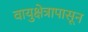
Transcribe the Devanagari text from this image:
वायुक्षेत्रापासून